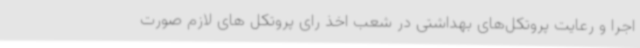
اجرا و رعایت پروتکل‌های بهداشتی در شعب اخذ رای پروتکل های لازم صورت